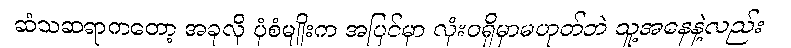
ဆံသဆရာကတော့ အခုလို ပုံစံမျိုးက အပြင်မှာ လုံးဝရှိမှာမဟုတ်ဘဲ သူ့အနေနဲ့လည်း